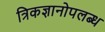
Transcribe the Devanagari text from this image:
त्रिकज्ञानोपलब्ध